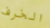
الخرف